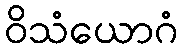
ဝိသံယောဂံ